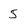
Character: 5